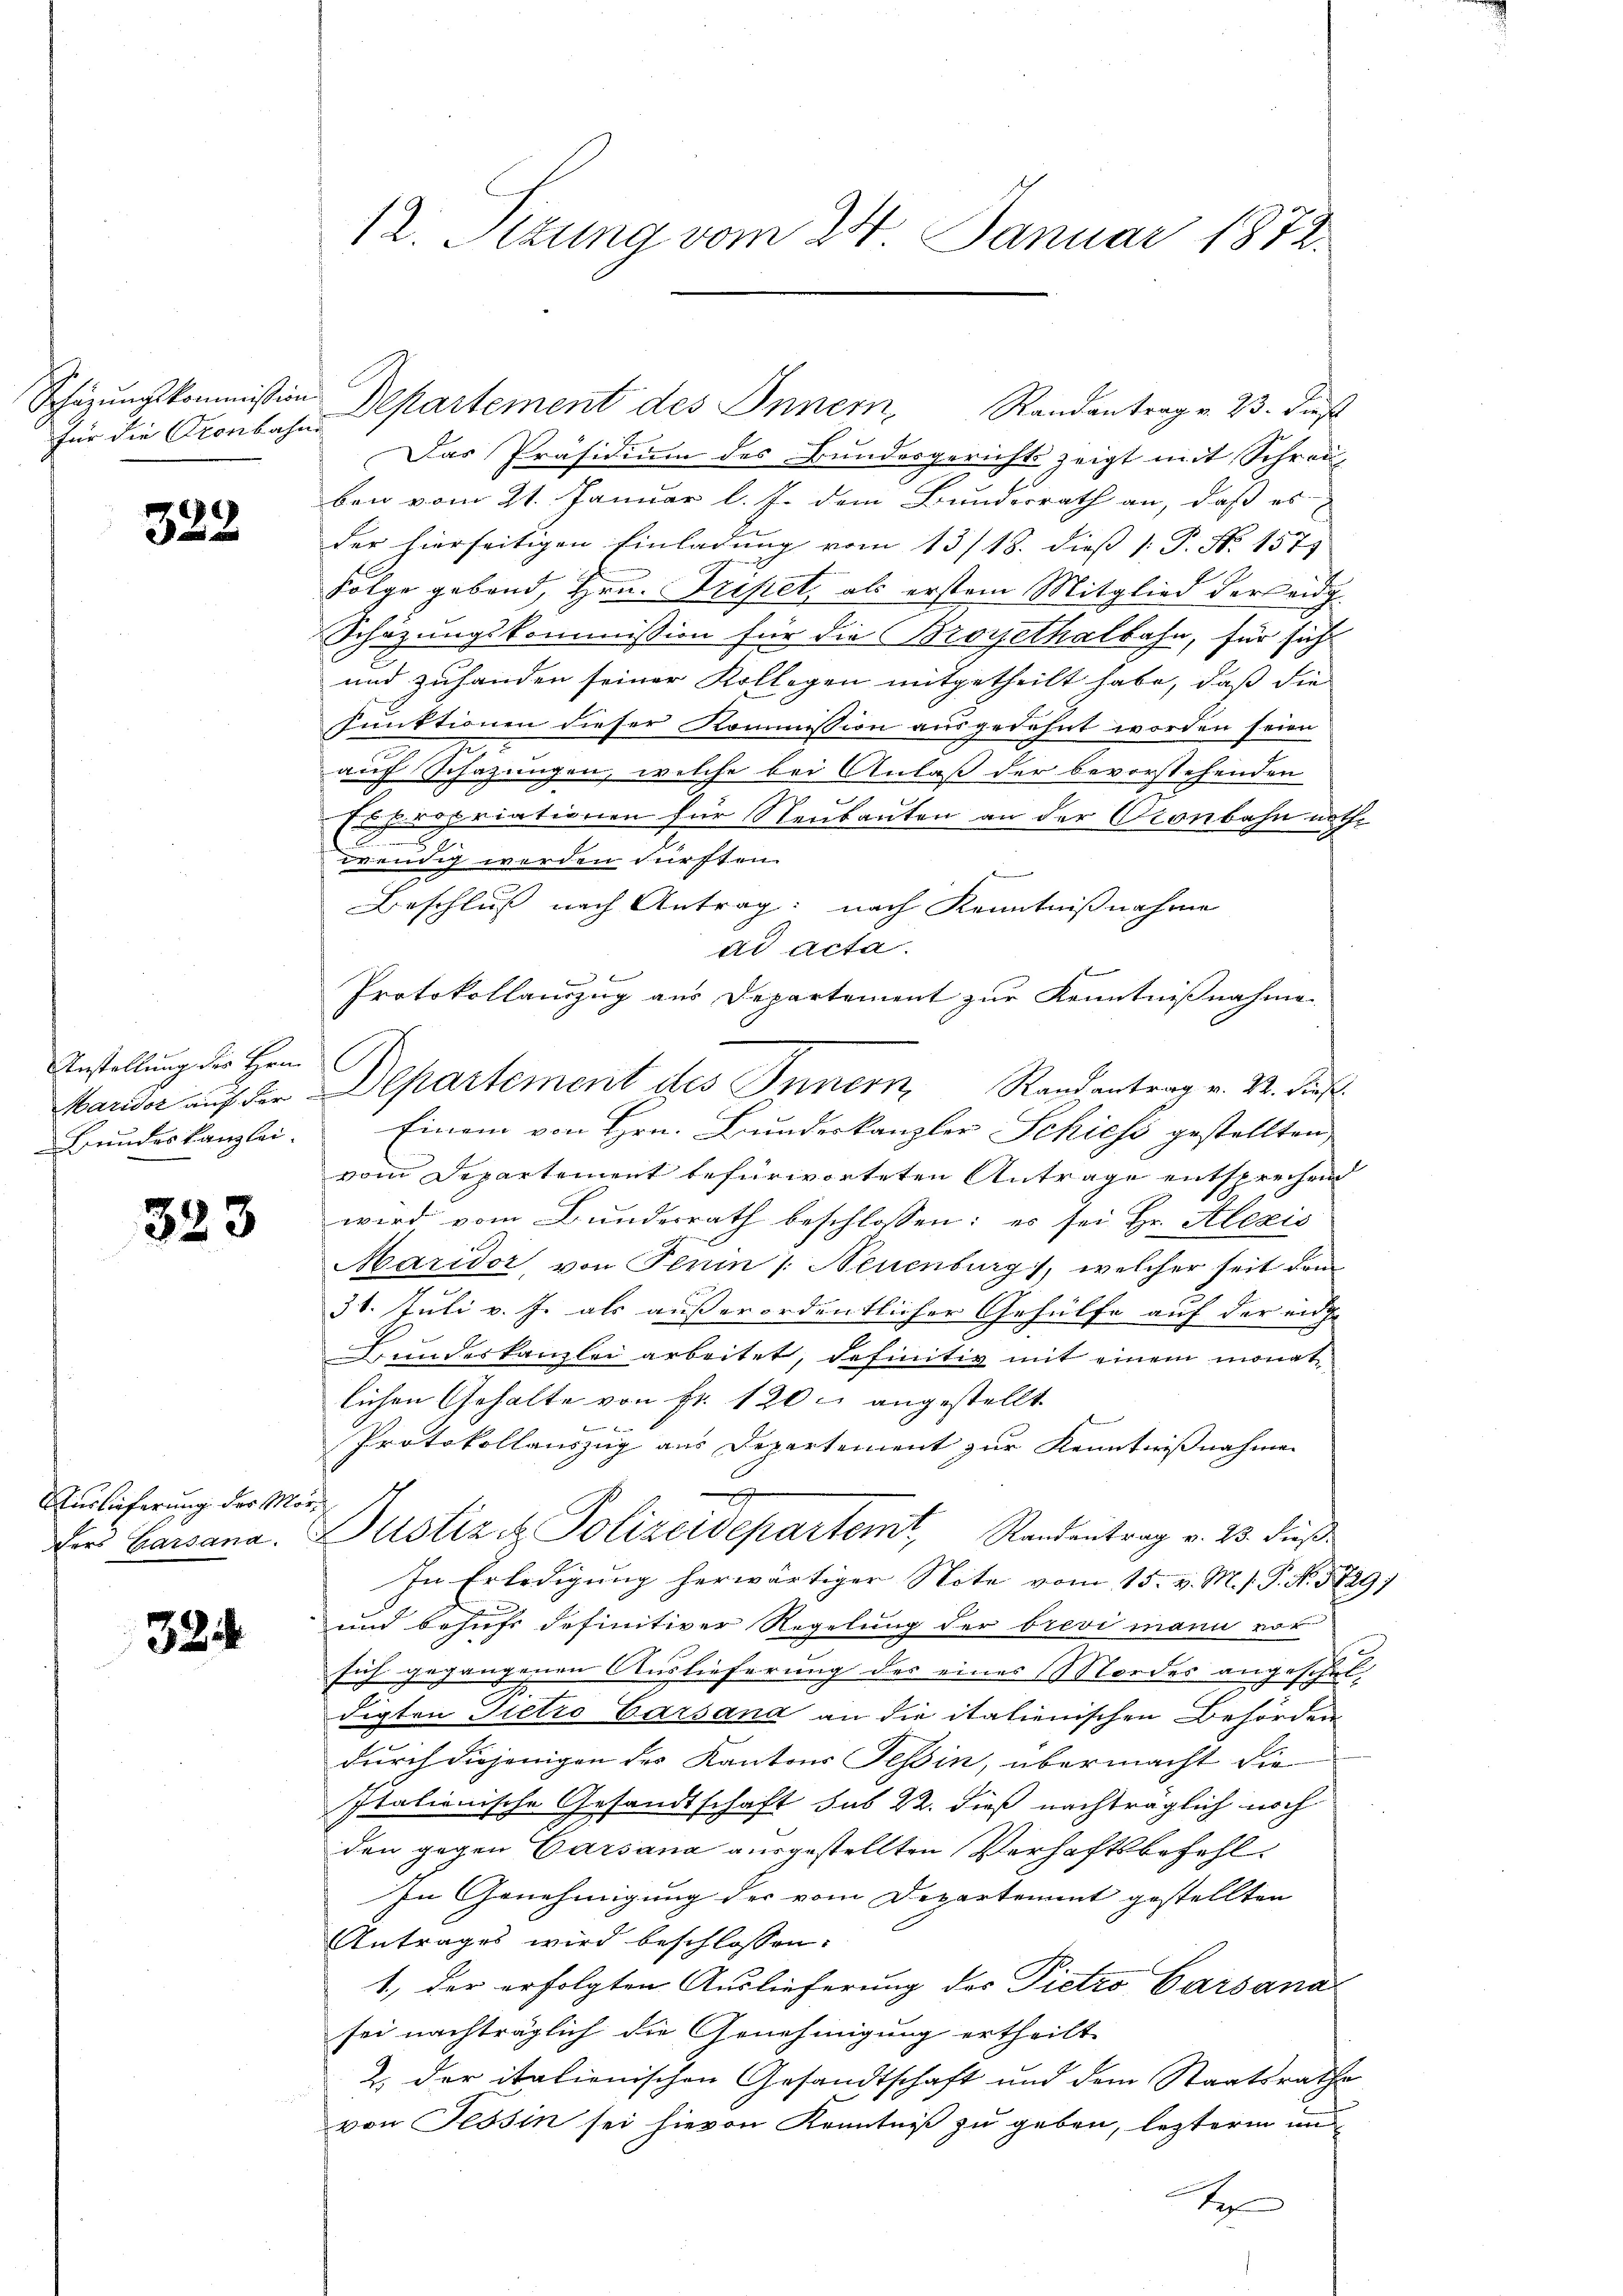
für die Cronbahne

322

Anstellung der Hein
Feindes Kanzlei.

323

Auslieferung der Mor¬

324

Schüzungskommission Departement des Innern Randantrag v. 23. Fis
Das Präsidium des Bundesgerichts zeigt mit Schreiben vom 21. Januar l. J. dem Bundesrath an, daß es
der hierseitigen Einladung vom 13/18. dieß [ P. Nr. 157)
l
Folge gebend, Hrn. Triftet, als erstem Mitglied der eidg.
Schazungskommission für die Broyethalbahn, für sich
und zuhanden seiner Kollegen mitgetheilt habe, daß die
funktionen dieser Kommission ausgedehnt worden seien
auch Schazungen, welche bei Anlaß der bevorstehenden
Es propriationen für Neubauten an der Pronbahn nothwendig werden dürften.
Beschluß nach Antrag: nach Kenntnißnahme
ad acta.
Protokollauszug aus Departement zur Kenntnißnahme
Marder auf der Departement des Innern Randantrag v. 22. dies
Einem von Hrn. Bundeskanzler Schiess gestellten,
vom Departement befürworteten Antrage entsprechend
wird vom Bunderrath beschlossen: es sei Hr. Alexis
Haridor, von Penin /: Neuenburg), welcher seit dem
31. Juli v. J. als außerordentlicher Gehülfe auf der ei
Bundeskanzlei arbeitet, definitiv mit einem monat
lichen Gehalte von Fr. 120 l. angestellt.
2
Protokollauszug aus Departement zur Kenntnißnahmen
.
Der Garsana Pustiz u. Polizeidepartemt, Randentrag v. 23. dieβ
In Erledigung herwärtiger Note vom 15. v. M. /. P. N. 5729)
und behufs definitiver Regelung der brevi mann vor
sich gegangenen Auslieferung des eines Mordes angeschuldigten Pietio Barsand an die italienischen Behörden
durch diejenigen des Kantons Tessin, übermacht die
Italionische Gesandtschaft sub 22. dieß nachträglich noch
den gegen Carsana ausgestellten Verhaftsbefehl¬
In Genehmigung der vom Departement gestellten
Antrages wird beschlossen:
1., der erfolgten Auslieferung des Pietro Carsana
sei nachträglich die Genehmigung ertheilt
2. der italienischen Gesandtschaft und dem Staatsrathe
von Tessin sei hievon Kenntniß zu geben, lezteren und
Tosen

12. Sitzung vom 24. Januar 1872.